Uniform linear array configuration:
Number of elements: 4
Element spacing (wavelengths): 0.75
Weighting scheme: exponential
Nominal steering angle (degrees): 0
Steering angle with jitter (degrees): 1.002
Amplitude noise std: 0.05
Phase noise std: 0.05

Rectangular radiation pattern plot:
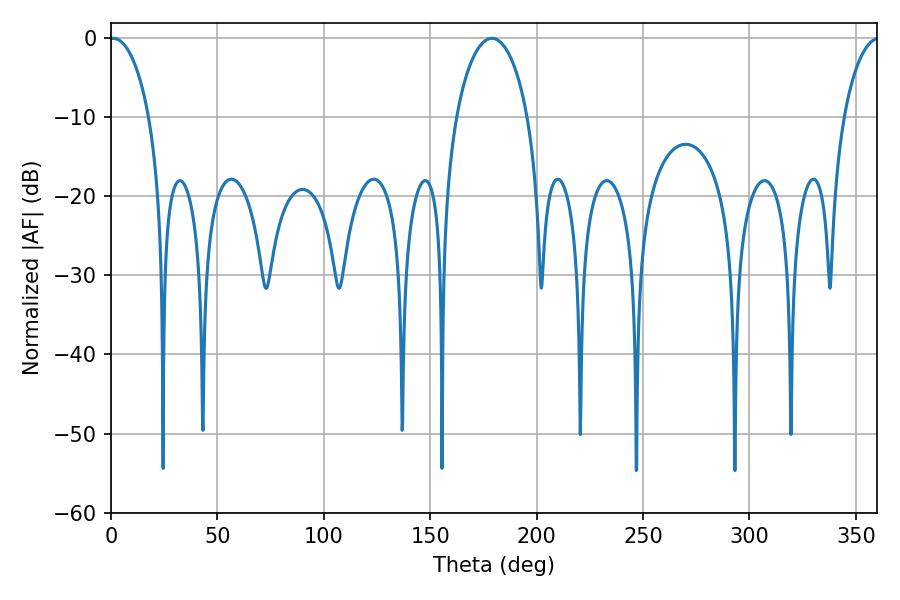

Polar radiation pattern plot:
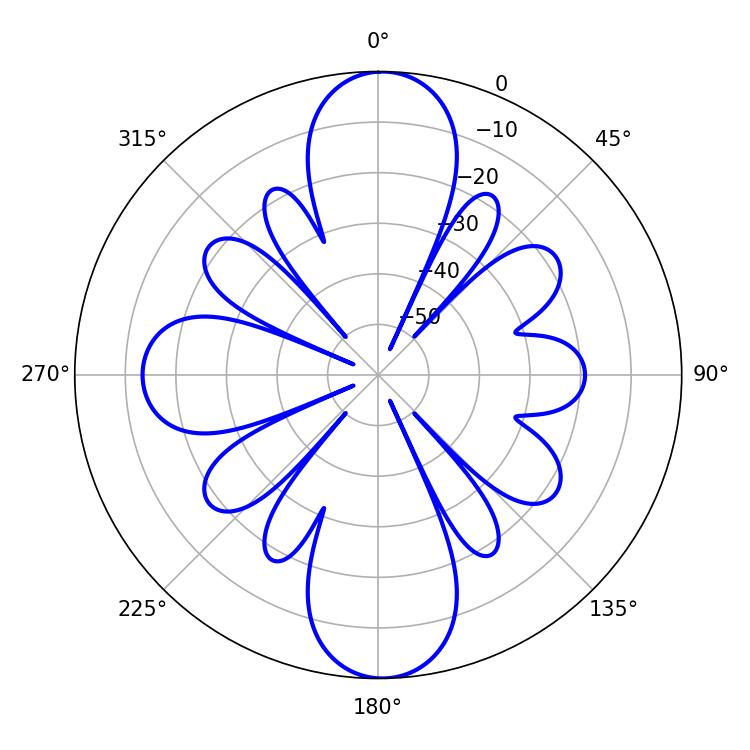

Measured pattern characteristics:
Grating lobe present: TRUE
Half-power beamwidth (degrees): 10.62
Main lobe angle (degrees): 1.08